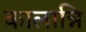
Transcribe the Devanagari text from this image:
कालान्नि